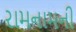
રામનામની